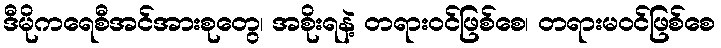
ဒီမိုကရေစီအင်အားစုတွေ၊ အစိုးရနဲ့ တရားဝင်ဖြစ်စေ၊ တရားမဝင်ဖြစ်စေ